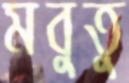
মবুতু